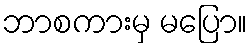
ဘာစကားမှ မပြော။